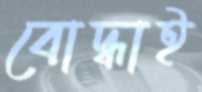
বোদ্ধাই